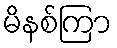
မိနစ်ကြာ